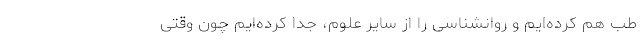
طب هم کرده‌‌ایم و روانشناسی را از سایر علوم، جدا کرده‌‌ایم چون وقتی